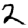
Digit: 2